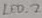
Text: LED_2